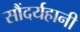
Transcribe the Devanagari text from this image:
सौंदर्यहानी